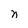
Character: n